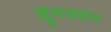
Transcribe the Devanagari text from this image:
सुंगच्यांग